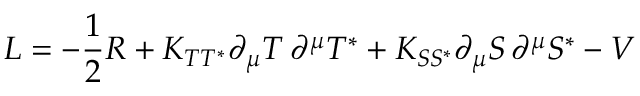
{ \cal { L } } = - \frac { 1 } { 2 } R + K _ { T T ^ { * } } \partial _ { \mu } T \, \partial ^ { \mu } T ^ { * } + K _ { S S ^ { * } } \partial _ { \mu } S \, \partial ^ { \mu } S ^ { * } - V